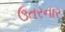
ઉતરનાર